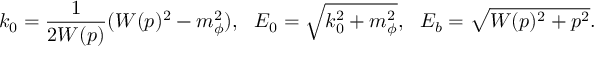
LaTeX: k _ { 0 } = \frac { 1 } { 2 W ( p ) } ( W ( p ) ^ { 2 } - m _ { \phi } ^ { 2 } ) , ~ ~ E _ { 0 } = \sqrt { k _ { 0 } ^ { 2 } + m _ { \phi } ^ { 2 } } , ~ ~ E _ { b } = \sqrt { W ( p ) ^ { 2 } + p ^ { 2 } } .